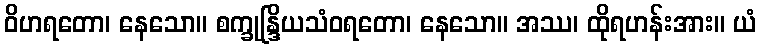
ဝိဟရတော၊ နေသော။ စက္ခုန္ဒြိယသံဝရတော၊ နေသော။ အဿ၊ ထိုရဟန်းအား။ ယံ